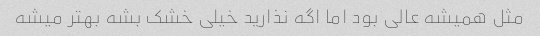
مثل همیشه عالی بود اما اگه نذارید خیلی خشک بشه بهتر میشه